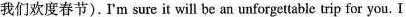
我们欢度春节).I'm sure it will be an unforgettable trip for you. I